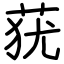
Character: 莸